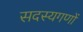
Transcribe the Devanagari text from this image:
सदस्यगणों